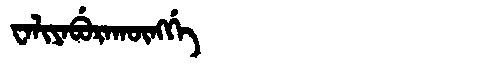
Manchu: ᠸᠠᠯᡳᠶᠠᠪᡠᡵᠠᡴᡡᠩᡤᡝ
Romanization: WALIYABURAKŪNGGE